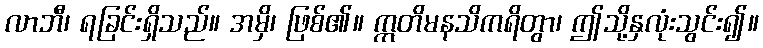
လာဘီ၊ ရခြင်းရှိသည်။ အမှိ၊ ဖြစ်၏။ ဣတိမနသိကရိတွာ၊ ဤသို့နှလုံးသွင်း၍။